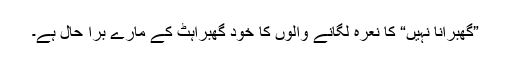
”گھبرانا نہیں“ کا نعرہ لگانے والوں کا خود گھبراہٹ کے مارے برا حال ہے۔